Report on vaccination in the Province of Bengal - 1874-1889
Year: 1874
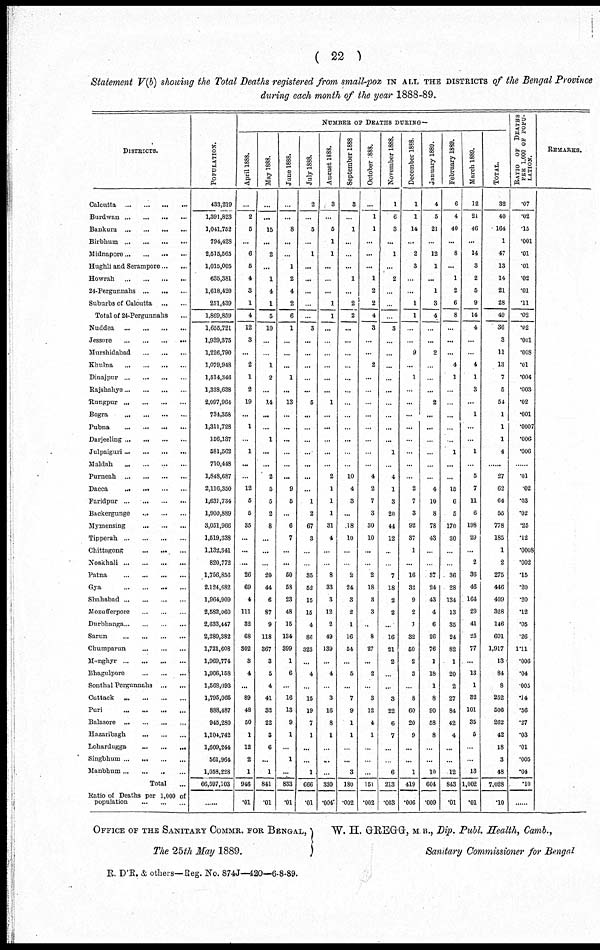
( 22 )
Statement V(b) showing the Total Deaths registered from small-pox IN ALL THE DISTRICTS of the Bengal Provi
during each month of the year 1888-89.
DISTRICTS.
Calcutta
...
...
...
...
Burdwan
...
...
...
...
Bankura
...
...
...
...
Birbhum
...
...
...
...
Midnapore ... ... ... ...
Hughli and Serampore ... ...
Howrah
...
...
...
...
24-Pergunnahs
...
...
...
Suburbs of Calcutta ... ...
Total of 24-Pergunnahs ...
Nuddea ... ... ... ... ...
Jessore ... ... ... ... ...
Murshidabad ... ... ...
Khulna ... ... ... ... ...
Dinajpur ... ... ... ... ...
Rajshahye ... ... ... ... ...
Rungpur ... ... ... ... ...
Bogra ... ... ... ... ...
Pubna ... ... ... ... ...
Darjeeling ... ... ... ... ...
Julpaiguri ... ... ... ... ...
Maldah ... ... ... ... ...
Purneah ... ... ... ... ...
Dacca ... ... ... ... ...
Faridpur ... ... ... ... ...
Backergunge ... ... ... ...
Mymensing ... ... ...
Tipperah ... ... ... ... ...
Chittagong ... ... ...
Noakhali ... ... ... ... ...
Patna ... ... ... ... ...
Gya ... ... ... ... ...
Shahabad ... ... ... ... ...
Mozufferpore ... ... ... ...
Durbhanga ... ... ... ... ...
Sarun ... ... ... ...
Chumparun
...
...
...
Monghyr ... ... ... ...
Bhagulpore
...
...
...
Sonthal Pergunnahs ... ...
Cuttack ... ... ... ... ...
Puri
...
...
...
...
Balasore
...
...
...
...
Hazaribagh ... ... ... ...
Lohardugga
...
...
...
Singbhum ... ... ... ... ...
Manbhum ... ... ... ...
Total ...
Ratio of Deaths per 1,000 of
population ... ... ...
POPULATION.
433,219
1,391,823
1,011,752
794,428
2,515,565
1,015,005
635,381
1,618,420
251,439
1,869,859
1,655,721
1,939,375
1,226,790
1,079,948
1,514,346
1,338,638
2,097,964
734,358
1,311,728
156,137
581,562
710,448
1,848,687
2,116,350
1,631,734
1,900,889
3,051,966
1,519,338
1,132,341
820,772
1,756,856
2,124,682
1,964,909
2,582,060
2,633,447
2,280,382
1,721,608
1,969,774
1,966,158
1,568,093
1,795,065
888,487
945,280
1,104,742
1,609,244
561,964
1,058,228
66,597,103
......
NUMBER OF DEATHS DURING—
April 1888.
...
2
5
...
6
5
4
3
1
4
12
3
...
2
1
2
19
...
1
...
1
...
...
12
5
6
35
...
...
....
26
69
4
111
32
68
302
3
4
...
89
48
50
1
12
2
1
946
.01
May 1888.
...
...
15
...
2
...
1
4
1
5
10
...
...
1
2
...
14
...
...
1
...
...
2
5
5
2
8
...
...
...
20
44
6
87
9
118
367
3
5
4
41
32
22
3
6
...
1
841
.01
June 1888.
...
...
8
...
...
1
2
4
2
6
1
...
...
...
1
...
13
...
...
...
...
...
...
9
5
...
6
7
...
...
50
53
23
48
15
134
399
1
6
...
16
13
9
1
...
1
...
833
.01
July 1888.
2
...
5
...
1
...
...
...
...
...
3
...
...
...
...
...
5
...
...
...
...
...
...
...
1
2
67
3
...
...
35
52
15
15
4
86
323
...
4
...
15
19
7
1
...
...
1
666
.01
August 1888.
3
...
6
1
1
...
...
...
1
1
...
...
...
...
...
...
1
...
...
...
...
...
2
1
1
1
31
4
...
...
8
33
3
12
2
49
139
...
4
...
3
16
8
1
...
...
...
330
.004
September 1888
3
...
1
...
...
...
1
...
2
2
...
...
...
...
...
...
...
...
...
...
...
...
10
4
3
...
18
10
...
...
2
24
3
2
1
16
54
...
5
...
7
9
1
1
...
...
3
180
.002
October .888.
...
1
1
...
...
...
1
2
2
4
3
...
...
2
...
...
...
...
...
...
...
...
4
2
7
3
30
10
...
...
2
18
3
3
...
8
27
...
2
...
3
12
4
1
...
...
...
151
.002
November 1888.
1
6
3
...
1
...
2
...
...
...
3
...
...
...
...
...
...
...
...
...
1
...
4
1
3
20
44
12
...
...
7
18
2
2
...
16
21
2
...
...
3
22
6
7
...
...
6
213
.003
December 18S8.
1
1
14
...
2
3
...
...
1
1
...
...
9
...
1
...
...
...
...
...
...
...
...
2
7
3
92
37
1
...
16
32
9
2
1
32
50
2
3
...
8
60
20
9
...
...
1
419
.006
January 1889.
4
5
21
...
12
1
...
1
3
4
...
...
2
...
...
...
2
...
...
...
...
...
...
4
10
8
78
43
...
...
37
24
43
4
6
26
76
1
18
1
8
90
58
8
...
...
10
604
.009
February 1889.
6
4
40
...
8
...
1
2
6
8
...
...
...
4
1
...
...
...
...
...
1
...
...
15
6
5
170
80
...
...
36
28
134
13
35
24
82
1
20
2
27
84
42
4
...
...
12
843
.01
March 1889.
12
21
46
...
14
3
2
5
9
14
4
...
...
4
1
3
...
1
...
...
1
...
5
7
11
6
198
29
...
2
36
46
164
29
41
25
77
...
13
1
32
101
35
5
...
...
13
1,002
.01
TOTAL.
32
40
164
1
47
13
14
21
28
49
36
3
11
13
7
5
54
1
1
1
4
......
27
62
64
55
778
185
1
2
275
446
409
328
146
601
1,917
13
84
8
252
506
262
42
18
3
48
7,028
.10
RATIO OF DEATHS
PER 1,000 OF POPU-
------.
.07
.02
.15
.001
.01
.01
.02
.01
.11
.02
.02
.001
.008
.01
.004
.003
.02
.001
.0007
.006
.006
......
.01
.02
.03
.02
.25
.12
.0008
.002
.15
.20
.20
.12
.05
.26
1.11
.006
.04
.005
.14
.56
.27
.03
.01
.005
.04
.10
......
REMARKS.
OFFICE OF THE SANITARY COMMR. FOR BENGAL,
The 25th May 1889.
W. H. GREGG, M. B., Dip. Publ. Health, Comb.,
Sanitary Commissioner for Bengal
R. D'R. & others—Reg. No. 874J—420—6-8-89.